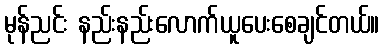
မုန်ညင်း နည်းနည်းလောက်ယူပေးစေချင်တယ်။